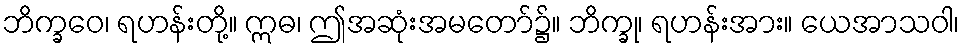
ဘိက္ခဝေ၊ ရဟန်းတို့။ ဣဓ၊ ဤအဆုံးအမတော်၌။ ဘိက္ခု၊ ရဟန်းအား။ ယေအာသဝါ၊